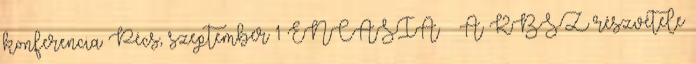
konferencia Pécs, szeptember 1 ENCASIA – A KBSZ részvétele